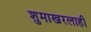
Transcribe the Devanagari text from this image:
शुमाखरलाही